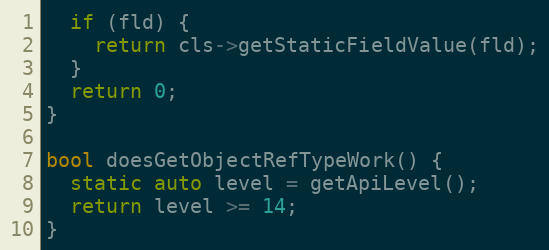
Language: C++
  if (fld) {
    return cls->getStaticFieldValue(fld);
  }
  return 0;
}

bool doesGetObjectRefTypeWork() {
  static auto level = getApiLevel();
  return level >= 14;
}